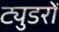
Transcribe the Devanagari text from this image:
ट्युडरों